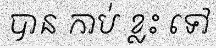
បាន កាប់ ខ្លះ ទៅ